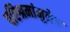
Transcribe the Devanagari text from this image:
परिश्रमांमुळेच